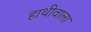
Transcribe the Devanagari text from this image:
हाथीवाला